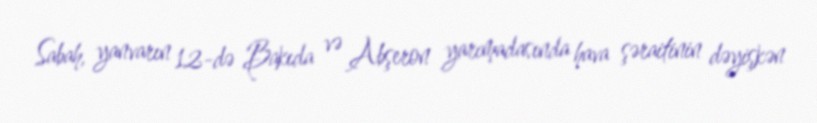
Sabah, yanvarın 12-də Bakıda və Abşeron yarımadasında hava şəraitinin dəyişkən